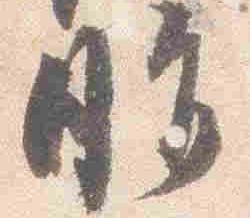
脂